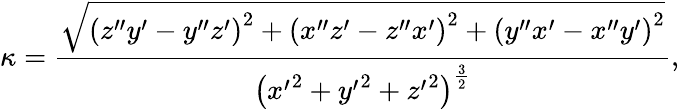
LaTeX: \kappa={\frac{\sqrt{\left(z^{\prime\prime}y^{\prime}-y^{\prime\prime}z^{\prime}\right)^{2}+\left(x^{\prime\prime}z^{\prime}-z^{\prime\prime}x^{\prime}\right)^{2}+\left(y^{\prime\prime}x^{\prime}-x^{\prime\prime}y^{\prime}\right)^{2}}}{\left({x^{\prime}}^{2}+{y^{\prime}}^{2}+{z^{\prime}}^{2}\right)^{\frac{3}{2}}}},